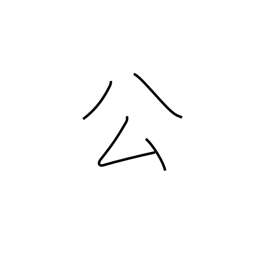
Meaning: governmental